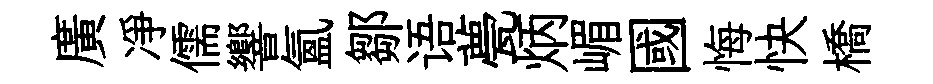
廣凈儒響氲鄒语甍炳嵋國悔快橋